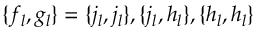
\{ f _ { l } , g _ { l } \} = \{ j _ { l } , j _ { l } \} , \{ j _ { l } , h _ { l } \} , \{ h _ { l } , h _ { l } \}